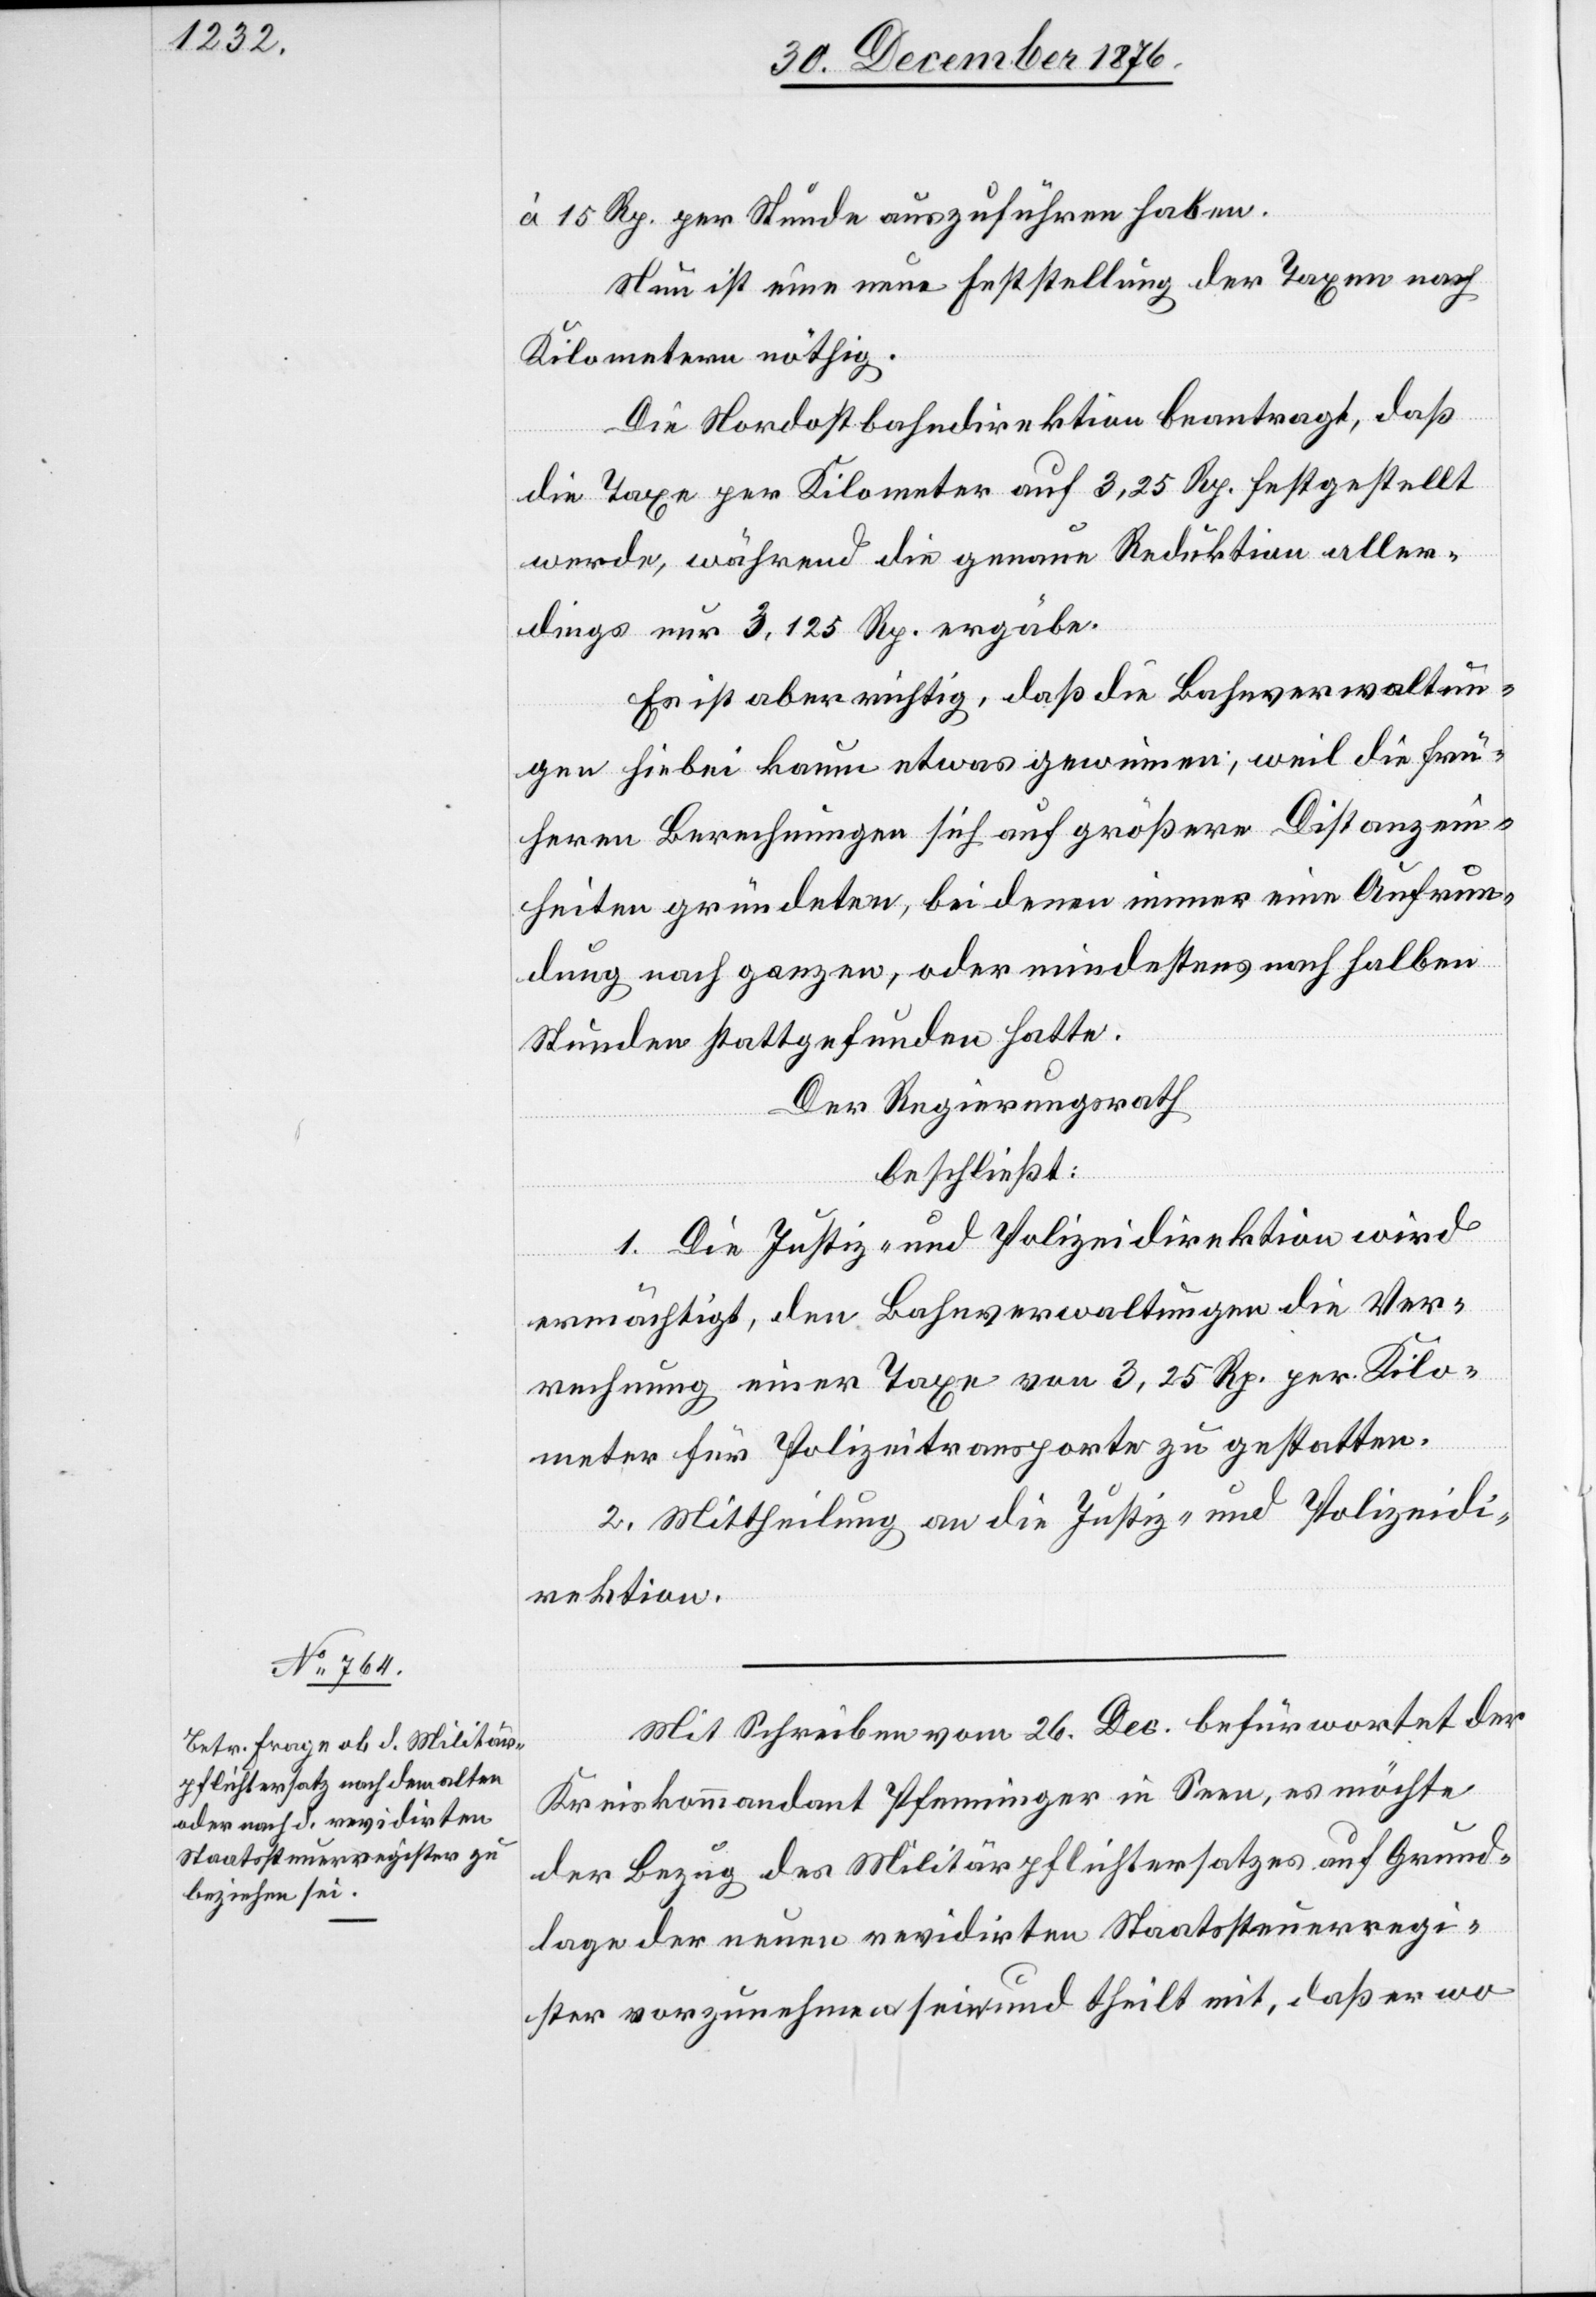
à 15 Rp. per Stunde auszuführen haben.
Nun ist eine neue Feststellung der Taxen nach
Kilometern nöthig.
Die Nordostbahndirektion beantragt, daß
die Taxe per Kilometer auf 3,25 Rp. festgestellt
werde, während die genaue Reduktion aller¬
dings nur 3,125 Rp. ergäbe.
Es ist aber richtig, daß die Bahnverwaltun¬
gen hiebei kaum etwas gewinnen, weil die frü¬
hern Berechnungen sich auf größere Distanzein¬
heiten gründeten, bei denen immer eine Aufrun¬
dung nach ganzen, oder mindestens nach halben
Stunden stattgefunden hatte.
Der Regierungsrath
beschließt:
1. Die Justiz- und Polizeidirektion wird
ermächtigt, den Bahnverwaltungen die Ver¬
rechnung einer Taxe von 3,25 Rp. per Kilo¬
meter für Polizeitransporte zu gestatten.
2. Mittheilung an die Justiz- und Polizeidi¬
rektion.
Mit Schreiben vom 26. Dec. befürwortet der
Kreiskommandant Pfenninger in Seen, es möchte
der Bezug des Militärpflichtersatzes auf Grund¬
lage der neuen revidirten Staatssteuerregi¬
ster vorzunehmen sein und theilt mit, daß er wo